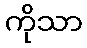
ကိုသာ